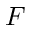
{ \cal F }